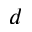
d